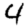
Digit: 4